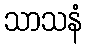
သာသနံ